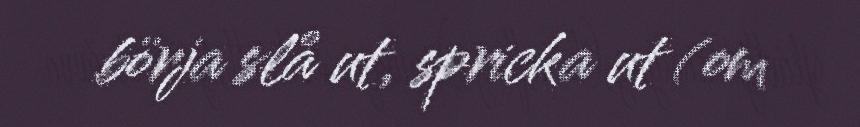
börja slå ut, spricka ut (om